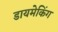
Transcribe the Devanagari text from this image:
डायमेकिंग